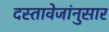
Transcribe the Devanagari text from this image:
दस्तावेजांनुसार